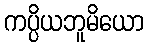
ကပ္ပိယဘူမိယော